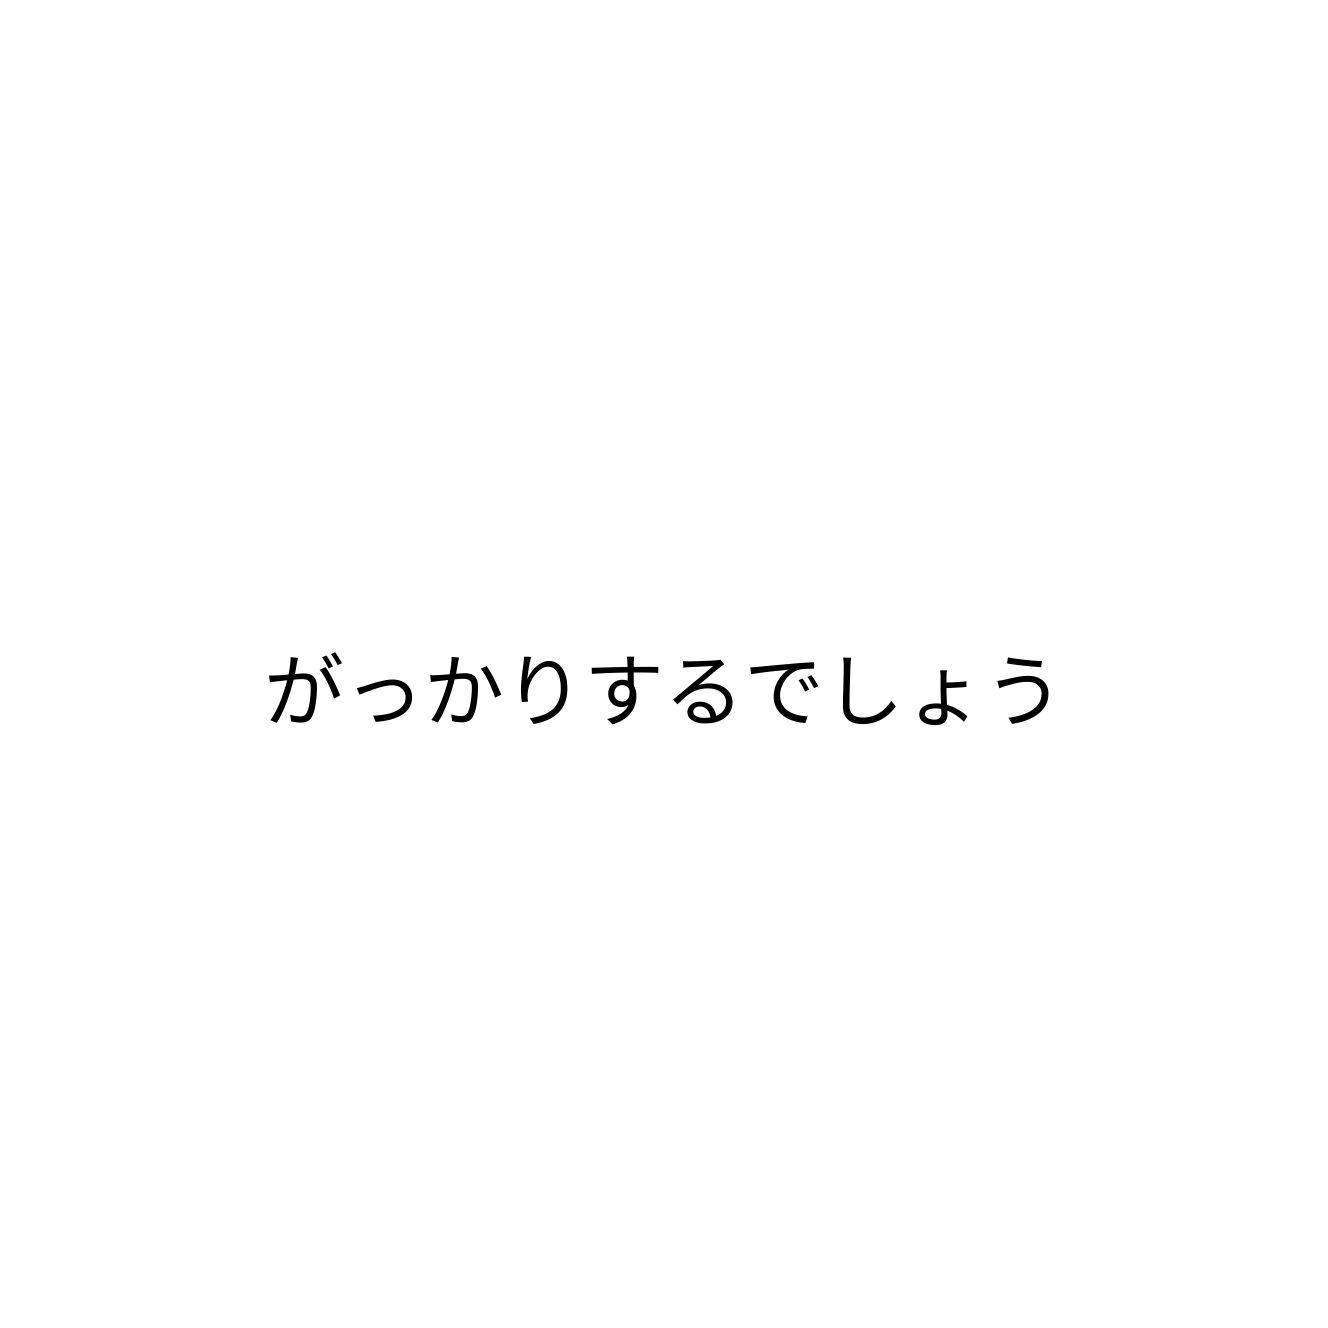
がっかりするでしょう